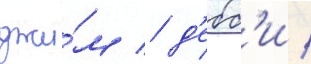
джи́м / д'ебб'и /